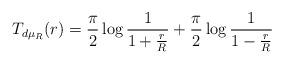
LaTeX: \begin{align*} T_{d\mu_R}(r) = \frac{\pi}{2}\log \frac{1}{1+\frac{r}{R}} + \frac{\pi}{2}\log \frac{1}{1-\frac{r}{R}} \end{align*}